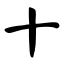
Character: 十